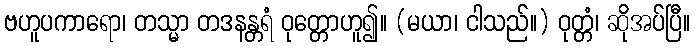
ဗဟူပကာရော၊ တသ္မာ တဒနန္တရံ ဝုတ္တောဟူ၍။ (မယာ၊ ငါသည်။) ဝုတ္တံ၊ ဆိုအပ်ပြီ။